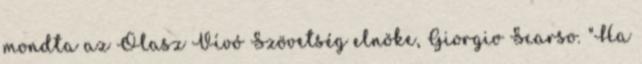
mondta az Olasz Vívó Szövetség elnöke, Giorgio Scarso. "Ha